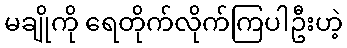
မချိုကို ရေတိုက်လိုက်ကြပါဦးဟဲ့